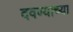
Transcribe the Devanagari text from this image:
दवण्याच्या